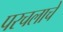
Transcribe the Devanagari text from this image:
परचलाचे